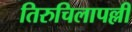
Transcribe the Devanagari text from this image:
तिरुचिलापल्ली